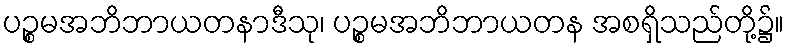
ပဉ္စမအဘိဘာယတနာဒီသု၊ ပဉ္စမအဘိဘာယတန အစရှိသည်တို့၌။